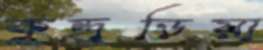
কুন্দুড়িয়া